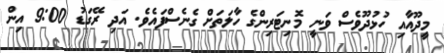
މީދޫއާއި ހުޅުދޫވެސް ވަނީ މޮނިޓަރިންގެ ހާލަތަށް ގެނެސްފައެވެ. އަދި ރޭގަޑު 9:00 އިން